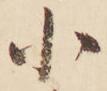
小